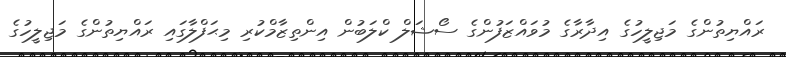
ރައްޔިތުންގެ މަޖިލީހުގެ އިދާރާގެ މުވައްޒަފުންގެ ސޯޝަލް ކްލަބުން އިންތިޒާމްކުރި މިޙަފްލާގައި ރައްޔިތުންގެ މަޖިލީހުގެ